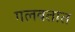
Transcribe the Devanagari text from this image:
गलबतात